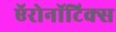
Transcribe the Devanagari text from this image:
ऍरोनॉटिक्स